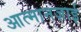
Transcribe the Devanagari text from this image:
आत्मानज़ाई